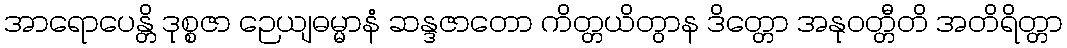
အာရောပေန္တိ ဒုစ္စဇာ ဉေယျဓမ္မာနံ ဆန္ဒဇာတော ကိတ္တယိတွာန ဒိတ္တော အနုဝတ္တီတိ အတိရိတ္တာ